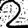
Digit: 2